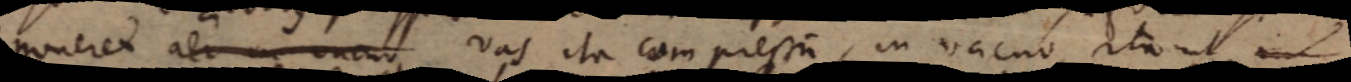
poneret aer in vacuo vas ita compressum, in vacuo, ita ut